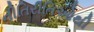
નીતિરીતિઓથી